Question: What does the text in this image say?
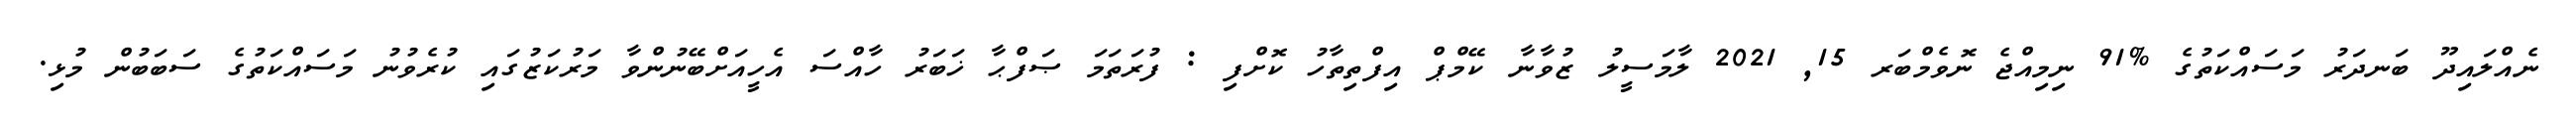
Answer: ނެއްލައިދޫ ބަނދަރު މަސައްކަތުގެ %91 ނިމިއްޖެ ނޮވެމްބަރ 15, 2021 ލާމަސީލު ޒުވާނާ ކޭމްޕް އިފްތިތާހު ކޮށްފި : ފުރަތަމަ ޞަފްޙާ ޚަބަރު ހާއްސަ އެހީއަށްބޭނުންވާ މަރުކަޒުގައި ކުރެވުނު މަސައްކަތުގެ ސަބަބުން މުޅި.